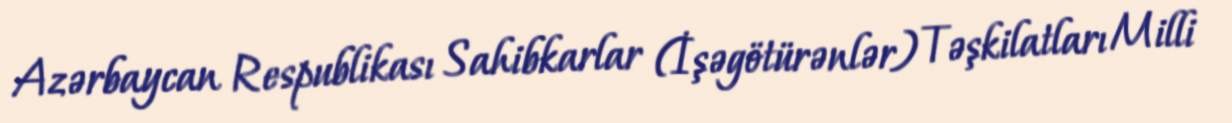
Azərbaycan Respublikası Sahibkarlar (İşəgötürənlər) Təşkilatları Milli